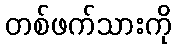
တစ်ဖက်သားကို